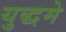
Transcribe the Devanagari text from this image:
युद्धमे